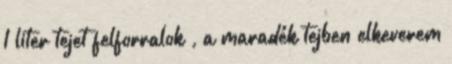
1 liter tejet felforralok , a maradék tejben elkeverem